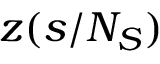
z ( s / N _ { S } )